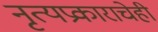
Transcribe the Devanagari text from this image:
नृत्यप्रकाराचेही